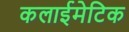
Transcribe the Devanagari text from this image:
कलाईमेटिक